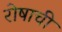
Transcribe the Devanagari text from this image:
रोषाची